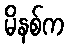
မိနစ်က